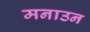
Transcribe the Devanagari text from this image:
मनाउन